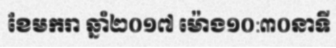
ខែមករា ឆ្នាំ២០១៧ ម៉ោង១០:៣០នាទី